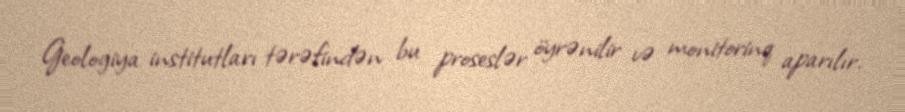
Geologiya institutları tərəfindən bu proseslər öyrənilir və monitorinq aparılır.